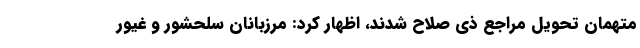
متهمان تحویل مراجع ذی صلاح شدند، اظهار کرد: مرزبانان سلحشور و غیور